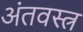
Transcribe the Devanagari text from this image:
अंतवस्त्र